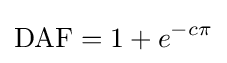
{\text{DAF}}=1+e^{-c\pi }